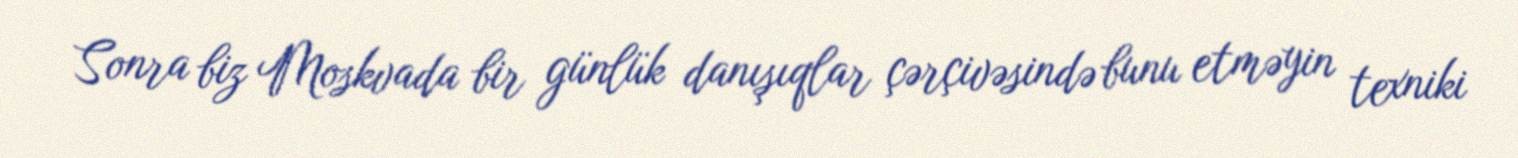
Sonra biz Moskvada bir günlük danışıqlar çərçivəsində bunu etməyin texniki